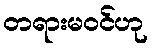
တရားမဝင်ဟု